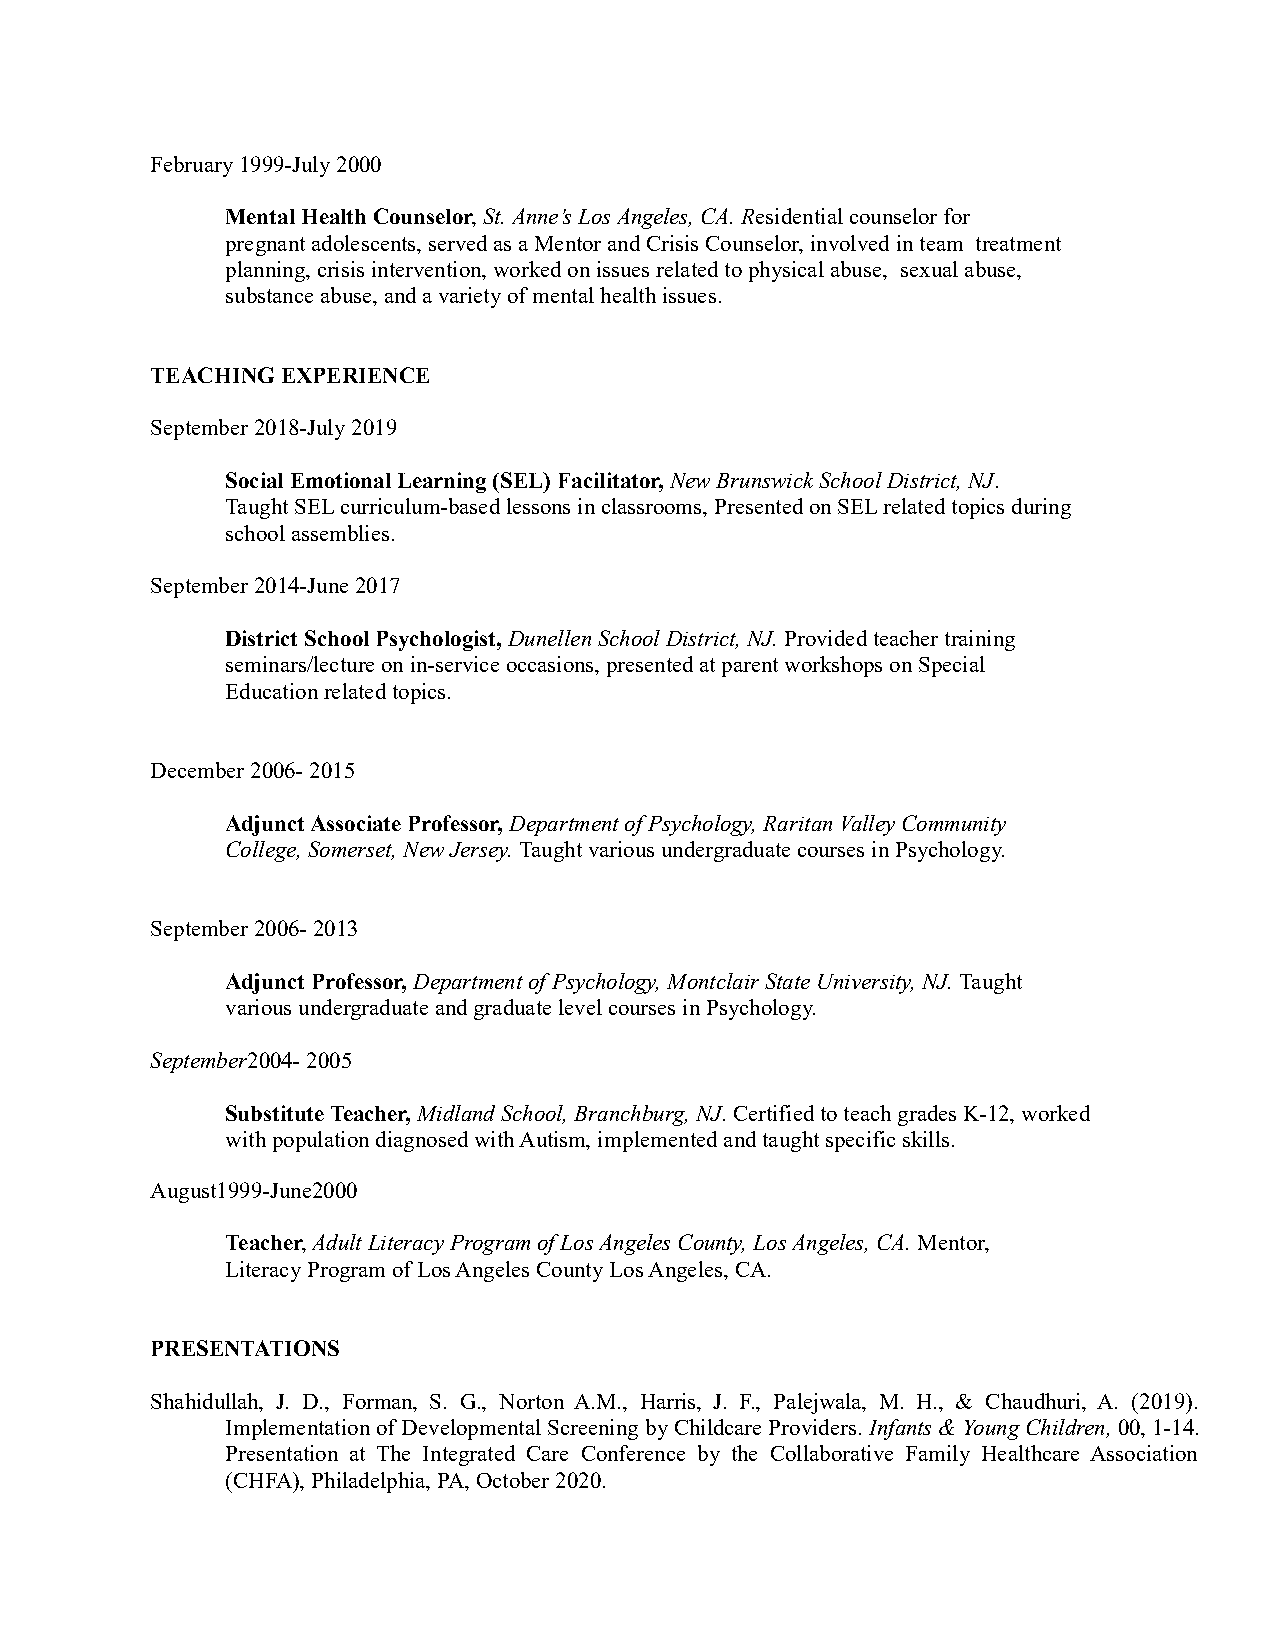
February 1999-July 2000
 Mental Health Counselor, St. Anne’s Los Angeles, CA. Residential counselor for
 pregnant adolescents, served as a Mentor and Crisis Counselor, involved in team treatment
 planning, crisis intervention, worked on issues related to physical abuse, sexual abuse,
 substance abuse, and a variety of mental health issues.
 TEACHING EXPERIENCE
 September 2018-July 2019
 Social Emotional Learning (SEL) Facilitator, New Brunswick School District, NJ.
 Taught SEL curriculum-based lessons in classrooms, Presented on SEL related topics during
 school assemblies.
 September 2014-June 2017
 District School Psychologist, Dunellen School District, NJ. Provided teacher training
 seminars/lecture on in-service occasions, presented at parent workshops on Special
 Education related topics.
 December 2006- 2015
 Adjunct Associate Professor, Department of Psychology, Raritan Valley Community
 College, Somerset, New Jersey. Taught various undergraduate courses in Psychology.
 September 2006- 2013
 Adjunct Professor, Department of Psychology, Montclair State University, NJ. Taught
 various undergraduate and graduate level courses in Psychology.
 September2004- 2005
 Substitute Teacher, Midland School, Branchburg, NJ. Certified to teach grades K-12, worked
 with population diagnosed with Autism, implemented and taught specific skills.
 August1999-June2000
 Teacher, Adult Literacy Program of Los Angeles County, Los Angeles, CA. Mentor,
 Literacy Program of Los Angeles County Los Angeles, CA.
 PRESENTATIONS
 Shahidullah, J. D., Forman, S. G., Norton A.M., Harris, J. F., Palejwala, M. H., & Chaudhuri, A. (2019).
 Implementation of Developmental Screening by Childcare Providers. Infants & Young Children, 00, 1-14.
 Presentation at The Integrated Care Conference by the Collaborative Family Healthcare Association
 (CHFA), Philadelphia, PA, October 2020.